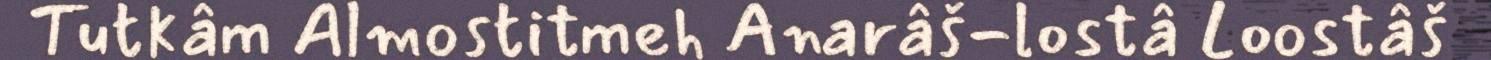
Tutkâm Almostitmeh Anarâš-lostâ Loostâš